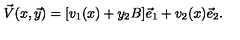
\vec { V } ( x , \vec { y } ) = [ v _ { 1 } ( x ) + y _ { 2 } B ] \vec { e } _ { 1 } + v _ { 2 } ( x ) \vec { e } _ { 2 } .